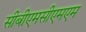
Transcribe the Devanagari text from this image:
सीबीएमसीएमएम